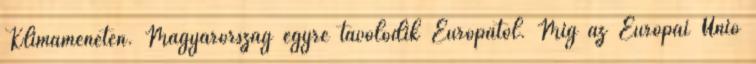
Klímameneten. Magyarország egyre távolodik Európától. Míg az Európai Unió